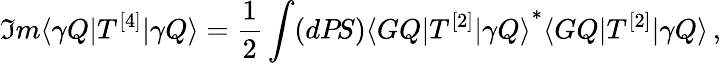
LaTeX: \Im m\langle\gamma Q|T^{[4]}|\gamma Q\rangle=\frac{1}{2}\int(dP\! S){\langle GQ|T^{[2]}|\gamma Q\rangle}^{*}\langle GQ|T^{[2]}|\gamma Q\rangle\, ,